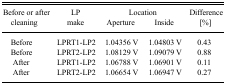
<table><thead><tr><td rowspan="2"><b>Before or after cleaning</b></td><td rowspan="2"><b>LP make</b></td><td colspan="2"><b>Location</b></td><td rowspan="2"><b>Difference [%]</b></td></tr><tr><td><b>Aperture</b></td><td><b>Inside</b></td></tr></thead><tbody><tr><td>Before</td><td>LPRT1-LP2</td><td>1.04356 V</td><td>1.04803 V</td><td>0.43</td></tr><tr><td>Before</td><td>LPRT2-LP2</td><td>1.08129 V</td><td>1.09079 V</td><td>0.88</td></tr><tr><td>After</td><td>LPRT1-LP2</td><td>1.06788 V</td><td>1.06901 V</td><td>0.11</td></tr><tr><td>After</td><td>LPRT2-LP2</td><td>1.06654 V</td><td>1.06947 V</td><td>0.27</td></tr></tbody></table>